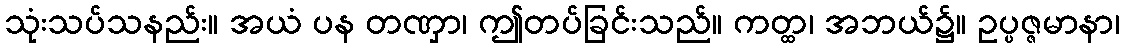
သုံးသပ်သနည်း။ အယံ ပန တဏှာ၊ ဤတပ်ခြင်းသည်။ ကတ္ထ၊ အဘယ်၌။ ဥပ္ပဇ္ဇမာနာ၊